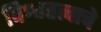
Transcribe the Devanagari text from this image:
विश्वतत्वाचे